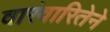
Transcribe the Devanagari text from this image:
वारंवारितेने